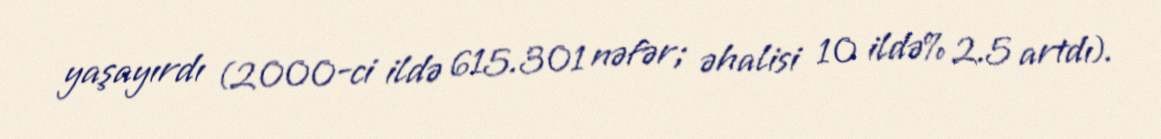
yaşayırdı (2000-ci ildə 615.301 nəfər; əhalisi 10 ildə% 2.5 artdı).